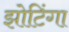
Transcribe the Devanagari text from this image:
झोटिंगा